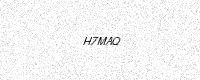
Text: H7MAQ